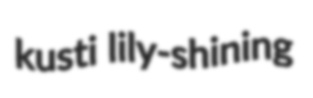
kusti lily-shining